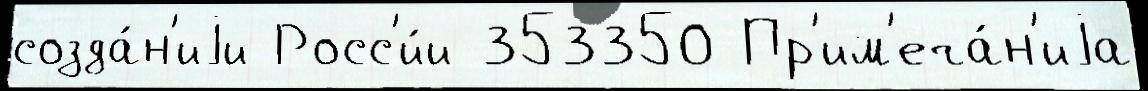
созда́н'иjи Росс'и́и 353350 Пр'им'еча́н'иjа